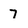
Character: 7